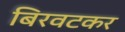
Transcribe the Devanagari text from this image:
बिरवटकर